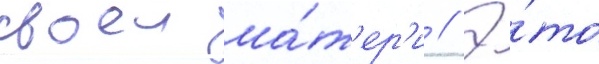
своеи ма́т'ер'и // Э́то